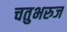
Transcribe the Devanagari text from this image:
चतुभरुज